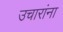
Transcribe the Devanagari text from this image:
उचारांना